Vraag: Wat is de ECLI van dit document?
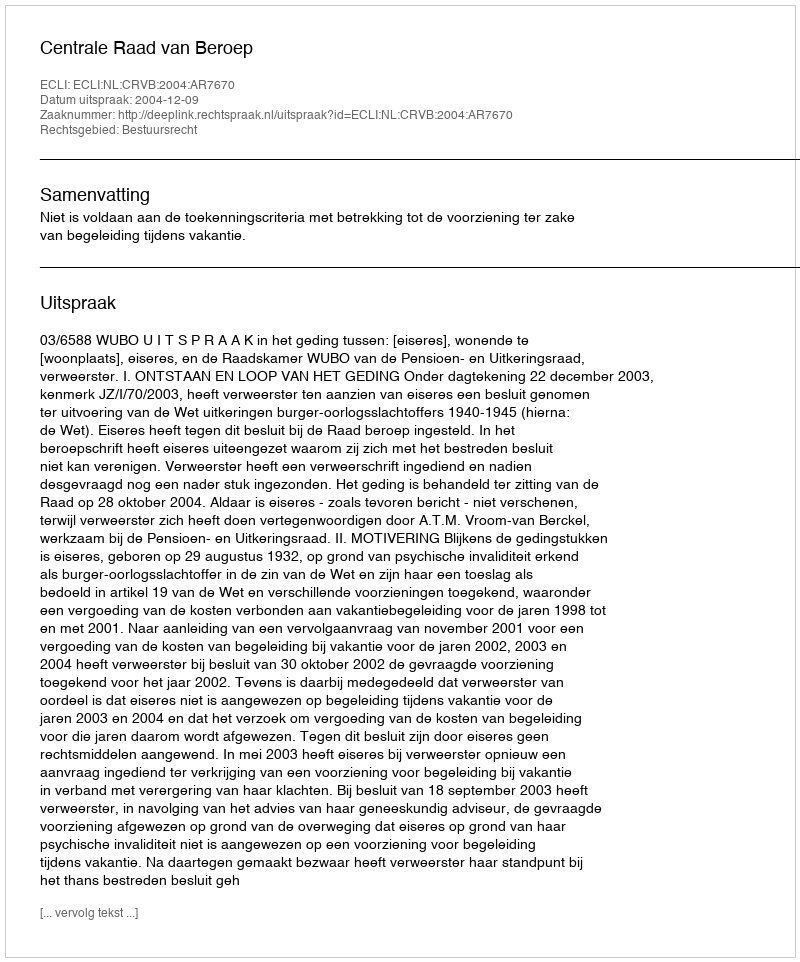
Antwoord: ECLI:NL:CRVB:2004:AR7670